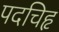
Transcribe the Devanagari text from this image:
पदचिहृ